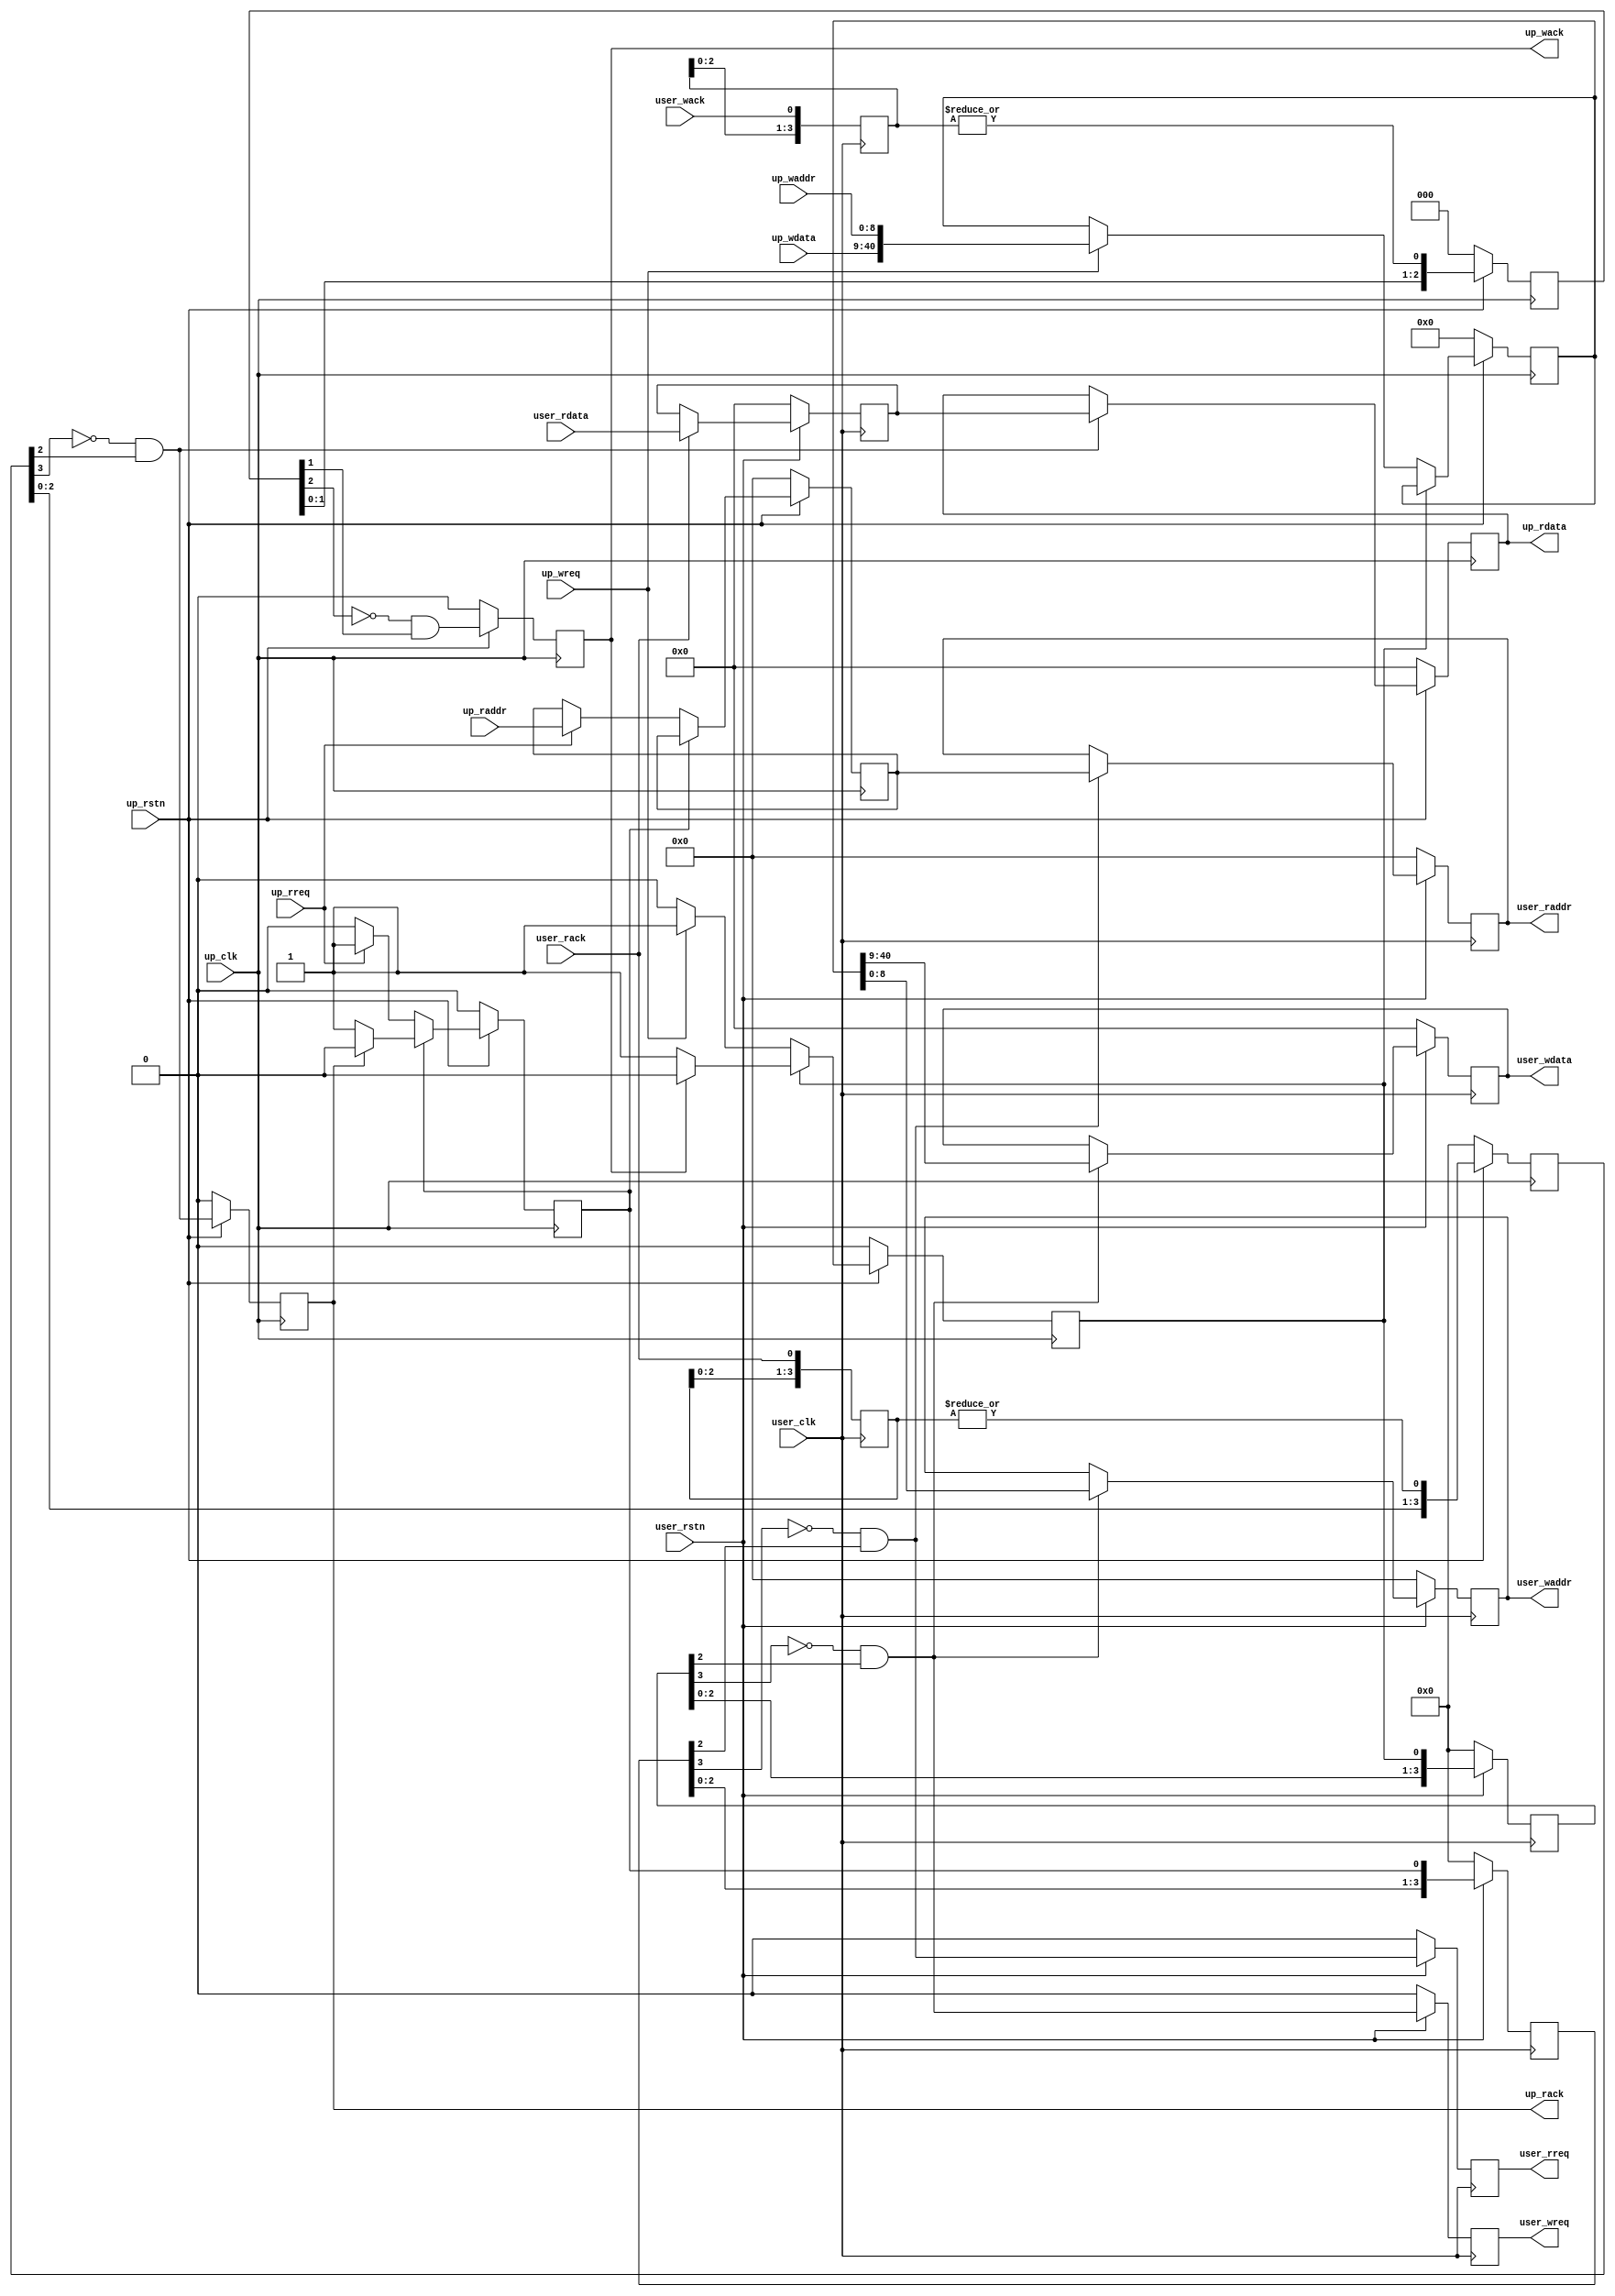

`timescale 1ns/100ps

module sync_up_bus #(
  parameter ASYNC_CLK=1
)(

  // Up-side Interface
  input             up_clk,
  input             up_rstn,
  input             up_wreq,
  input [8:0]       up_waddr,
  input [31:0]      up_wdata,
  output reg        up_wack,
  input             up_rreq,
  input [8:0]       up_raddr,
  output reg [31:0] up_rdata,
  output reg        up_rack,

  // User-side Interface
  input             user_clk,
  input             user_rstn,
  output reg        user_wreq,
  output reg [8:0]  user_waddr,
  output reg [31:0] user_wdata,
  input             user_wack,
  output reg        user_rreq,
  output reg [8:0]  user_raddr,
  input [31:0]      user_rdata,
  input             user_rack);

  reg [40:0]    up_wr_hold;
  reg [8:0]     up_rd_hold;
  reg           up_wreq_hold;
  reg           up_rreq_hold;

  reg           wreq_edge;
  reg           rreq_edge;
  reg [3:0]     user_wreq_hold;
  reg [3:0]     user_rreq_hold;

  reg [31:0]    user_rdata_hold;
  reg [3:0]     user_wack_extend;
  reg [3:0]     user_rack_extend;
  reg [2:0]     up_wack_s;
  reg [3:0]     up_rack_s;
  reg           wack_edge;
  reg           rack_edge;


  always @(posedge up_clk) begin
    if (up_rstn == 0) begin
      up_wr_hold <= 'd0;
      up_rd_hold <= 'd0;
      up_wreq_hold <= 1'b0;
      up_rreq_hold <= 1'b0;
    end else begin
      if (up_wreq_hold) begin
        if (up_wack) begin
          up_wreq_hold <= 1'b0;
        end
      end else if (up_wreq) begin
        up_wr_hold <= {up_wdata, up_waddr};
        up_wreq_hold <= 1'b1;
      end

      if (up_rreq_hold) begin
        if (up_rack) begin
          up_rreq_hold <= 1'b0;
        end
      end else if (up_rreq) begin
        up_rd_hold <= up_raddr;
        up_rreq_hold <= 1'b1;
      end
    end
  end

  always @(posedge user_clk) begin
    if (user_rstn == 0) begin
      user_wreq_hold <= 'd0;
      user_rreq_hold <= 'd0;
      user_wreq <= 1'b0;
      user_wdata <= 'd0;
      user_waddr <= 'd0;
      user_rreq <= 1'b0;
      user_raddr <= 'd0;
    end else begin
      user_wreq_hold <= {user_wreq_hold[2:0], up_wreq_hold};
      user_rreq_hold <= {user_rreq_hold[2:0], up_rreq_hold};

      wreq_edge = (~user_wreq_hold[3]) & user_wreq_hold[2];
      rreq_edge = (~user_rreq_hold[3]) & user_rreq_hold[2];

      user_wreq <= wreq_edge;
      user_rreq <= rreq_edge;

      if (wreq_edge) begin
        user_wdata <= up_wr_hold[40:9];
        user_waddr <= up_wr_hold[8:0];
      end

      if (rreq_edge) begin
        user_raddr <= up_rd_hold;
      end
    end
  end

  always @(posedge user_clk) begin
    user_wack_extend <= {user_wack_extend[2:0], user_wack};
    user_rack_extend <= {user_rack_extend[2:0], user_rack};
  end

  always @(posedge up_clk) begin
    if (up_rstn == 0) begin
      up_wack_s <= 'd0;
      up_rack_s <= 'd0;
      up_rdata <= 'd0;
      up_wack <= 1'b0;
      up_rack <= 1'b0;
    end else begin
      up_wack_s <= {up_wack_s[1:0], |user_wack_extend};
      up_rack_s <= {up_rack_s[2:0], |user_rack_extend};

      rack_edge = (~up_rack_s[3]) & up_rack_s[2];
      wack_edge = (~up_wack_s[2]) & up_wack_s[1];

      if (rack_edge)
        up_rdata <= user_rdata_hold;

      up_wack <= wack_edge;
      up_rack <= rack_edge;
    end
  end

  always @(posedge user_clk) begin
    if (user_rstn == 0) begin
      user_rdata_hold <= 'd0;
    end else begin
      if (user_rack)
        user_rdata_hold <= user_rdata;
    end
  end

endmodule